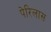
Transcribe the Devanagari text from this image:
पेरिलास